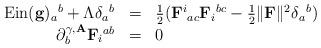
LaTeX: \begin{align*} \begin{array}{rcl} \hbox{Ein}(\mathbf{g}){_a}^b + \Lambda\delta{_a}^b & = & \frac{1}{2}(\mathbf{F}{^i}_{ac}\mathbf{F}{_i}^{bc} - \frac{1}{2}\|\mathbf{F}\|^2\delta{_a}^b) \\\partial^{\gamma,\mathbf{A}}_b\mathbf{F}{_i}^{ab} & = & 0 \end{array}\end{align*}